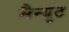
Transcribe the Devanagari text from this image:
मैन्युट